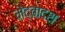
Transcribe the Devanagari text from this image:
मेंद्वादश